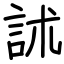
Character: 訹